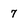
Character: 7